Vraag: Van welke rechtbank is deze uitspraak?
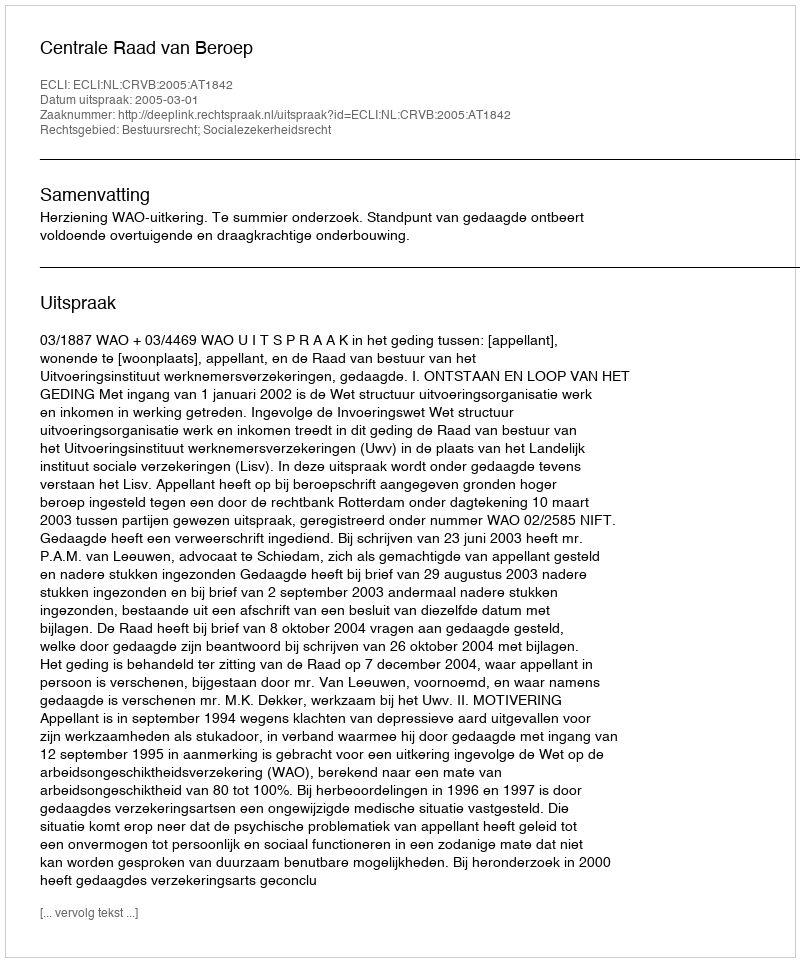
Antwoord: Centrale Raad van Beroep